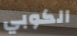
الكوبي